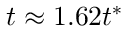
t \approx 1 . 6 2 t ^ { * }